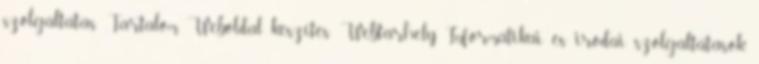
szolgáltatás Tartalom Weboldal készítés Webtárhely Informatikai és irodai szolgáltatások